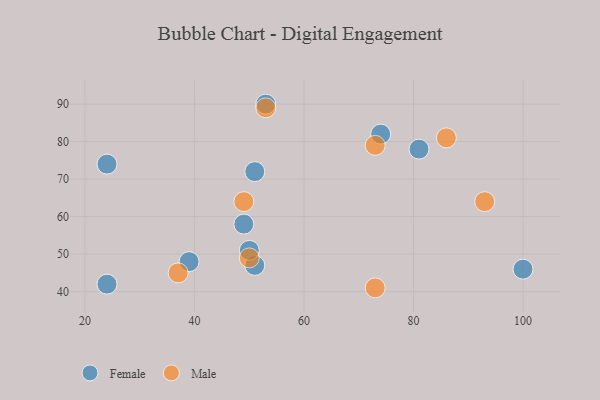
{"axis": {"x": "GDP", "y": "Life Expectancy"}, "legend": ["Female", "Male"], "data": [{"x": "74", "y": 82, "type": "Female"}, {"x": "51", "y": 47, "type": "Female"}, {"x": "24", "y": 74, "type": "Female"}, {"x": "39", "y": 48, "type": "Female"}, {"x": "50", "y": 51, "type": "Female"}, {"x": "81", "y": 78, "type": "Female"}, {"x": "51", "y": 72, "type": "Female"}, {"x": "53", "y": 90, "type": "Female"}, {"x": "49", "y": 58, "type": "Female"}, {"x": "24", "y": 42, "type": "Female"}, {"x": "100", "y": 46, "type": "Female"}, {"x": "50", "y": 49, "type": "Male"}, {"x": "49", "y": 64, "type": "Male"}, {"x": "73", "y": 79, "type": "Male"}, {"x": "93", "y": 64, "type": "Male"}, {"x": "37", "y": 45, "type": "Male"}, {"x": "86", "y": 81, "type": "Male"}, {"x": "53", "y": 89, "type": "Male"}, {"x": "73", "y": 41, "type": "Male"}]}